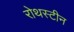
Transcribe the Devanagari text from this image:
रोथस्टीन